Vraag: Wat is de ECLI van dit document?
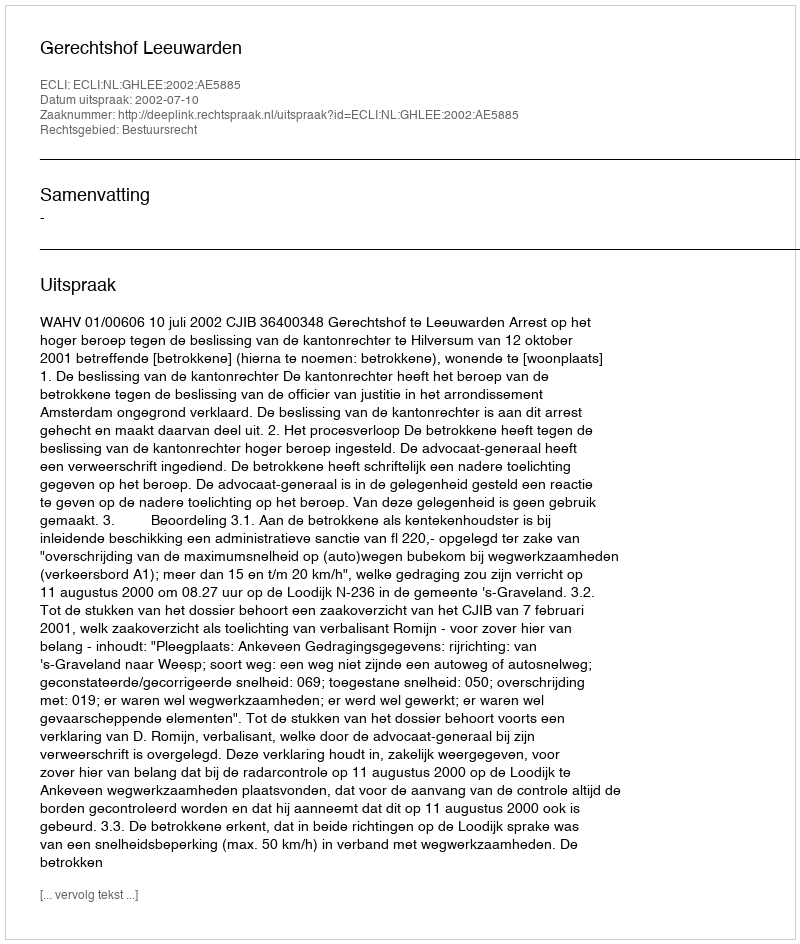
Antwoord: ECLI:NL:GHLEE:2002:AE5885